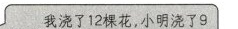
我浇了12棵花，小明浇了9